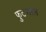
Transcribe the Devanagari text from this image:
फुटसाल